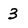
Character: 3